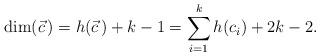
LaTeX: \begin{align*}\dim(\vec{c}\,) = h(\vec{c}\,) + k-1 = \sum_{i=1}^{k} h(c_{i}) + 2k-2.\end{align*}